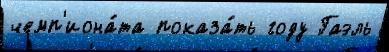
чемп'иона́та показа́ть году Гаэль